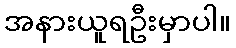
အနားယူရဦးမှာပါ။